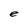
Character: e